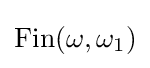
\operatorname {Fin} (\omega ,\omega _{1})